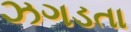
ઝગડતા